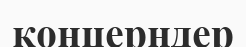
концерндер